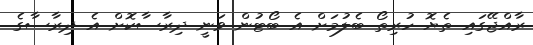
ރާއްޖޭގައި ތެޔޮ ހުރިތޯ ބެލުމަށް އެ ބޯޓުން ވަނީ ދިރާސާކޮށް އެ ދިރާސާގެ